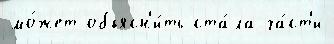
мо́жет объясн'и́ть ста́ла ча́ст'и